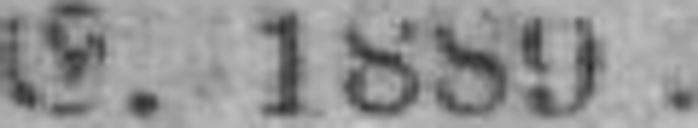
E. 1889.